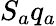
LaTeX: S_{a}q_{a}